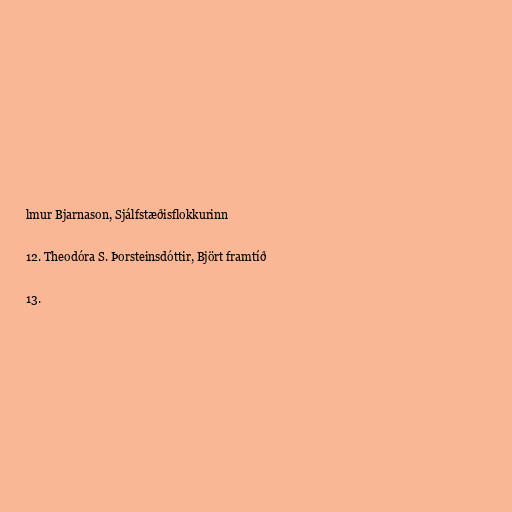
lmur Bjarnason, Sjálfstæðisflokkurinn

12. Theodóra S. Þorsteinsdóttir, Björt framtíð

13.